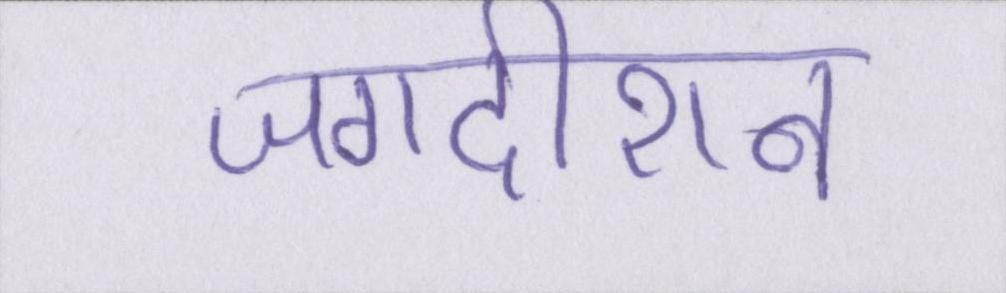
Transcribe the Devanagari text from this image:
जगदीशन